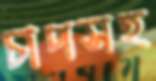
চাপসহ